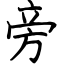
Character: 旁